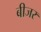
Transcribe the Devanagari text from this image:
बीजर